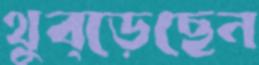
থুব্‌ড়েছেন